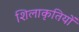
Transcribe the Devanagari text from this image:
शिलाकृतियों